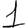
Digit: 1